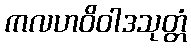
ကလဟဝိဝါဒသုတ္တံ